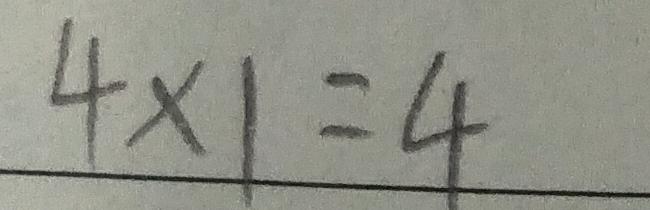
4 \times 1 = 4